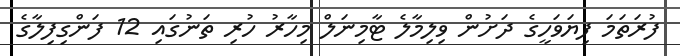
ފުރަތަމަ ފިޔަވަހީގެ ދަށުން ވިލިމާލެ ޓާމިނަލް މިހާރު ހުރި ތަނުގައި 12 ފަންގިފިލާގެ